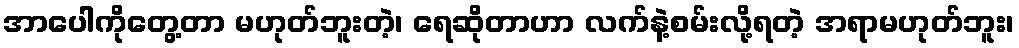
အာပေါကိုတွေ့တာ မဟုတ်ဘူးတဲ့၊ ရေဆိုတာဟာ လက်နဲ့စမ်းလို့ရတဲ့ အရာမဟုတ်ဘူး၊